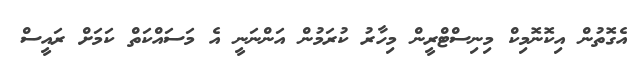
އެގޮތުން އިކޮނޮމިކް މިނިސްޓްރީން މިހާރު ކުރަމުން އަންނަނީ އެ މަސައްކަތް ކަމަށް ރައީސް